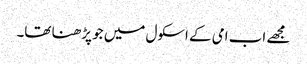
مجھے اب امی کے اسکول میں جو پڑھنا تھا۔